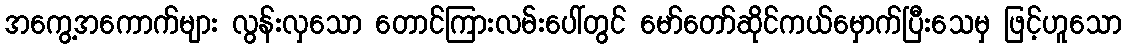
အကွေ့အကောက်များ လွန်းလှသော တောင်ကြားလမ်းပေါ်တွင် မော်တော်ဆိုင်ကယ်မှောက်ပြီးသေမှ ဖြင့်ဟူသော